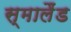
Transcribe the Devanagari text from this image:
स्मालैंड